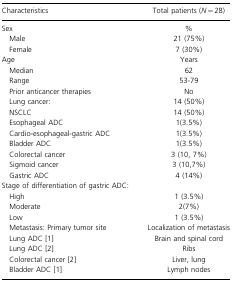
<table><thead><tr><td><b>Characteristics</b></td><td><b>Total patients (<i>N</i> = 28)</b></td></tr></thead><tbody><tr><td>Sex</td><td>%</td></tr><tr><td>Male</td><td>21 (75%)</td></tr><tr><td>Female</td><td>7 (30%)</td></tr><tr><td>Age</td><td>Years</td></tr><tr><td>Median</td><td>62</td></tr><tr><td>Range</td><td>53‐79</td></tr><tr><td>Prior anticancer therapies</td><td>No</td></tr><tr><td>Lung cancer:</td><td>14 (50%)</td></tr><tr><td>NSCLC</td><td>14 (50%)</td></tr><tr><td>Esophageal ADC</td><td>1(3.5%)</td></tr><tr><td>Cardio‐esophageal‐gastric ADC</td><td>1(3.5%)</td></tr><tr><td>Bladder ADC</td><td>1(3.5%)</td></tr><tr><td>Colorectal cancer</td><td>3 (10, 7%)</td></tr><tr><td>Sigmoid cancer</td><td>3 (10,7%)</td></tr><tr><td>Gastric ADC</td><td>4 (14%)</td></tr><tr><td>Stage of differentiation of gastric ADC:</td><td></td></tr><tr><td>High</td><td>1 (3.5%)</td></tr><tr><td>Moderate</td><td>2(7%)</td></tr><tr><td>Low</td><td>1 (3.5%)</td></tr><tr><td>Metastasis: Primary tumor site</td><td>Localization of metastasis</td></tr><tr><td>Lung ADC 1</td><td>Brain and spinal cord</td></tr><tr><td>Lung ADC 2</td><td>Ribs</td></tr><tr><td>Colorectal cancer 2</td><td>Liver, lung</td></tr><tr><td>Bladder ADC 1</td><td>Lymph nodes</td></tr></tbody></table>